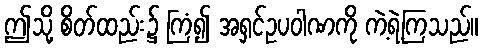
ဤသို့ စိတ်ထည်း၌ ကြံ၍ အရှင်ဥပဝါဏကို ကဲ့ရဲ့ကြသည်။